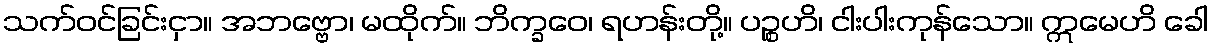
သက်ဝင်ခြင်းငှာ။ အဘဗ္ဗော၊ မထိုက်။ ဘိက္ခဝေ၊ ရဟန်းတို့။ ပဉ္စဟိ၊ ငါးပါးကုန်သော။ ဣမေဟိ ခေါ